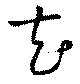
花